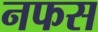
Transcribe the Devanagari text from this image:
नफस